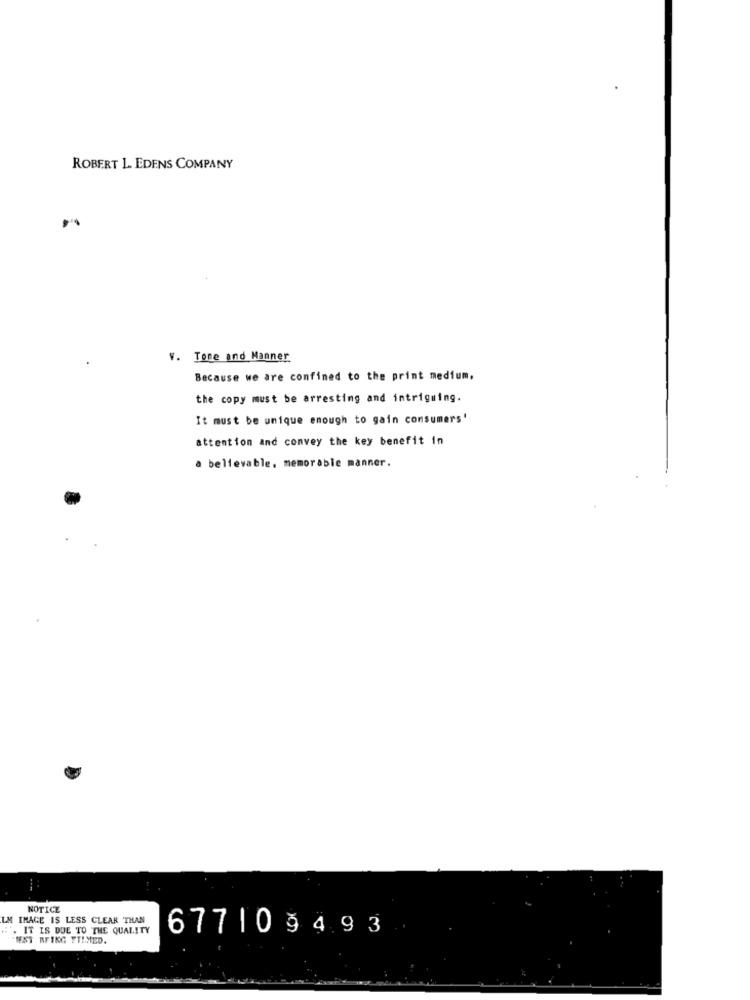
ROBERT L. EDENS COMPANY
v. Tone and Manner
Because we are confined to the print medium,
the copy must be arresting and intriguing.
It must be unique enough to gain consumers'
attention and convey the key benefit in
a believable. memorable manner.
NOTICE
LM IMAGE IS LESS CLEAR THAN
. IT IS DUE TO THE QUALITY
67710 9493
TEST RFING FILMED.